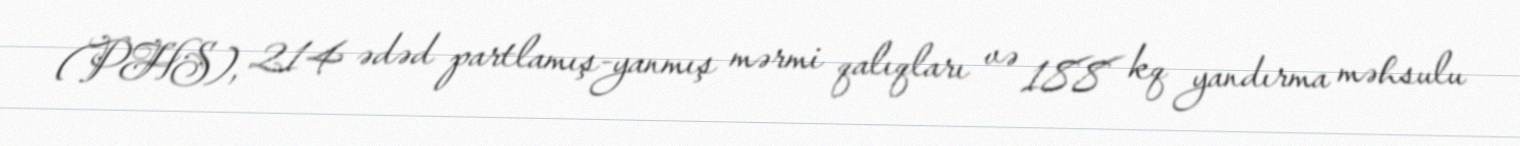
(PHS), 214 ədəd partlamış-yanmış mərmi qalıqları və 188 kq yandırma məhsulu